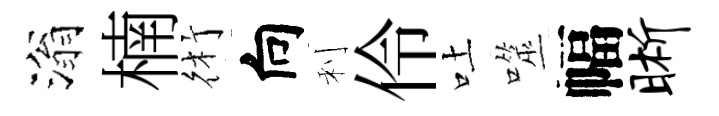
滃楠術向利伶吐噬幅晰